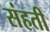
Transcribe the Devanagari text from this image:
संहती